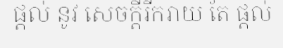
ផ្តល់ នូវ សេចក្តីរីករាយ តែ ផ្តល់